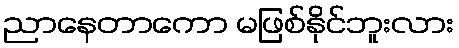
ညာနေတာကော မဖြစ်နိုင်ဘူးလား